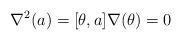
LaTeX: \begin{align*} \nabla^2(a) =[\theta, a] \nabla(\theta)=0 \end{align*}